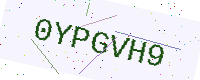
Text: 0YPGVH9